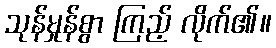
သုန်မှုန်စွာ ကြည့် လိုက်၏။